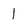
Character: l